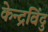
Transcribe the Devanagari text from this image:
केन्द्रविंदु